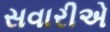
સવારીએ